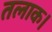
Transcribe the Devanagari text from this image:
तलाक।